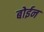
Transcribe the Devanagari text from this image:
बोईन